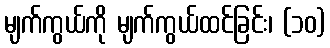
မျက်ကွယ်ကို မျက်ကွယ်ထင်ခြင်း၊ (၁၀)